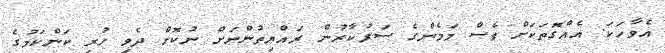
އެވާހަކަ. އެއްގޮތަކަށް ވެސް މަމެންގެ ސަރުކާރުން ރައްޔިތުންނަށް ނުކޮށް ދެވި ހުރި ކަންކަމުގެ